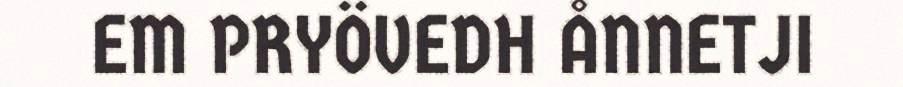
EM PRYÖVEDH ÅNNETJI